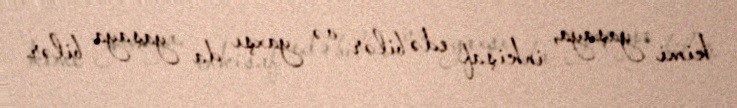
kimi yaşaya, inkişaf edə bilər və yaxşı da yaşaya bilər.